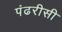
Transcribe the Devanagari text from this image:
पंढरीसी